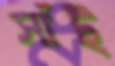
সাঁট্‌